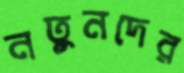
নতুনদের